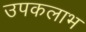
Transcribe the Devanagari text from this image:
उपकलाभ